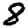
Digit: 8